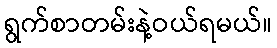
ရွက်စာတမ်းနဲ့ဝယ်ရမယ်။